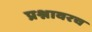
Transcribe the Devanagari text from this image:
प्रश्नावरच